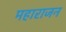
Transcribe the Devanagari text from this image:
महाराजन